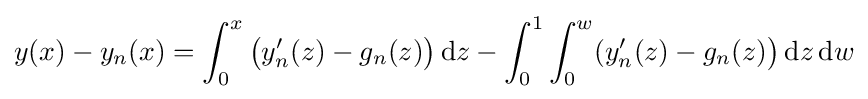
y(x)-y_{n}(x)=\int _{0}^{x}{\big (}y_{n}'(z)-g_{n}(z){\big )}\,\mathrm {d} z-\int _{0}^{1}\int _{0}^{w}(y_{n}'(z)-g_{n}(z){\big )}\,\mathrm {d} z\,\mathrm {d} w